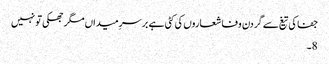
جفا کی تیغ سے گردن وفا شعاروں کی کٹی ہے بر سرِ میداں مگر جھکی تو نہیں
8۔